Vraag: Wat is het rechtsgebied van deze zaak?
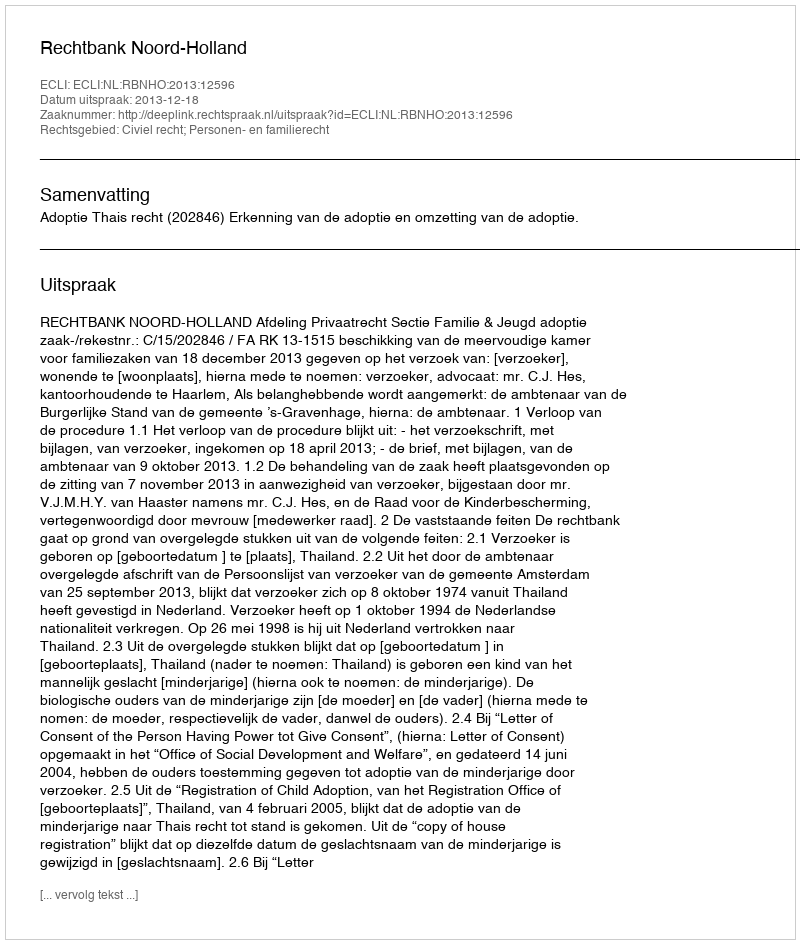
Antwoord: Civiel recht; Personen- en familierecht